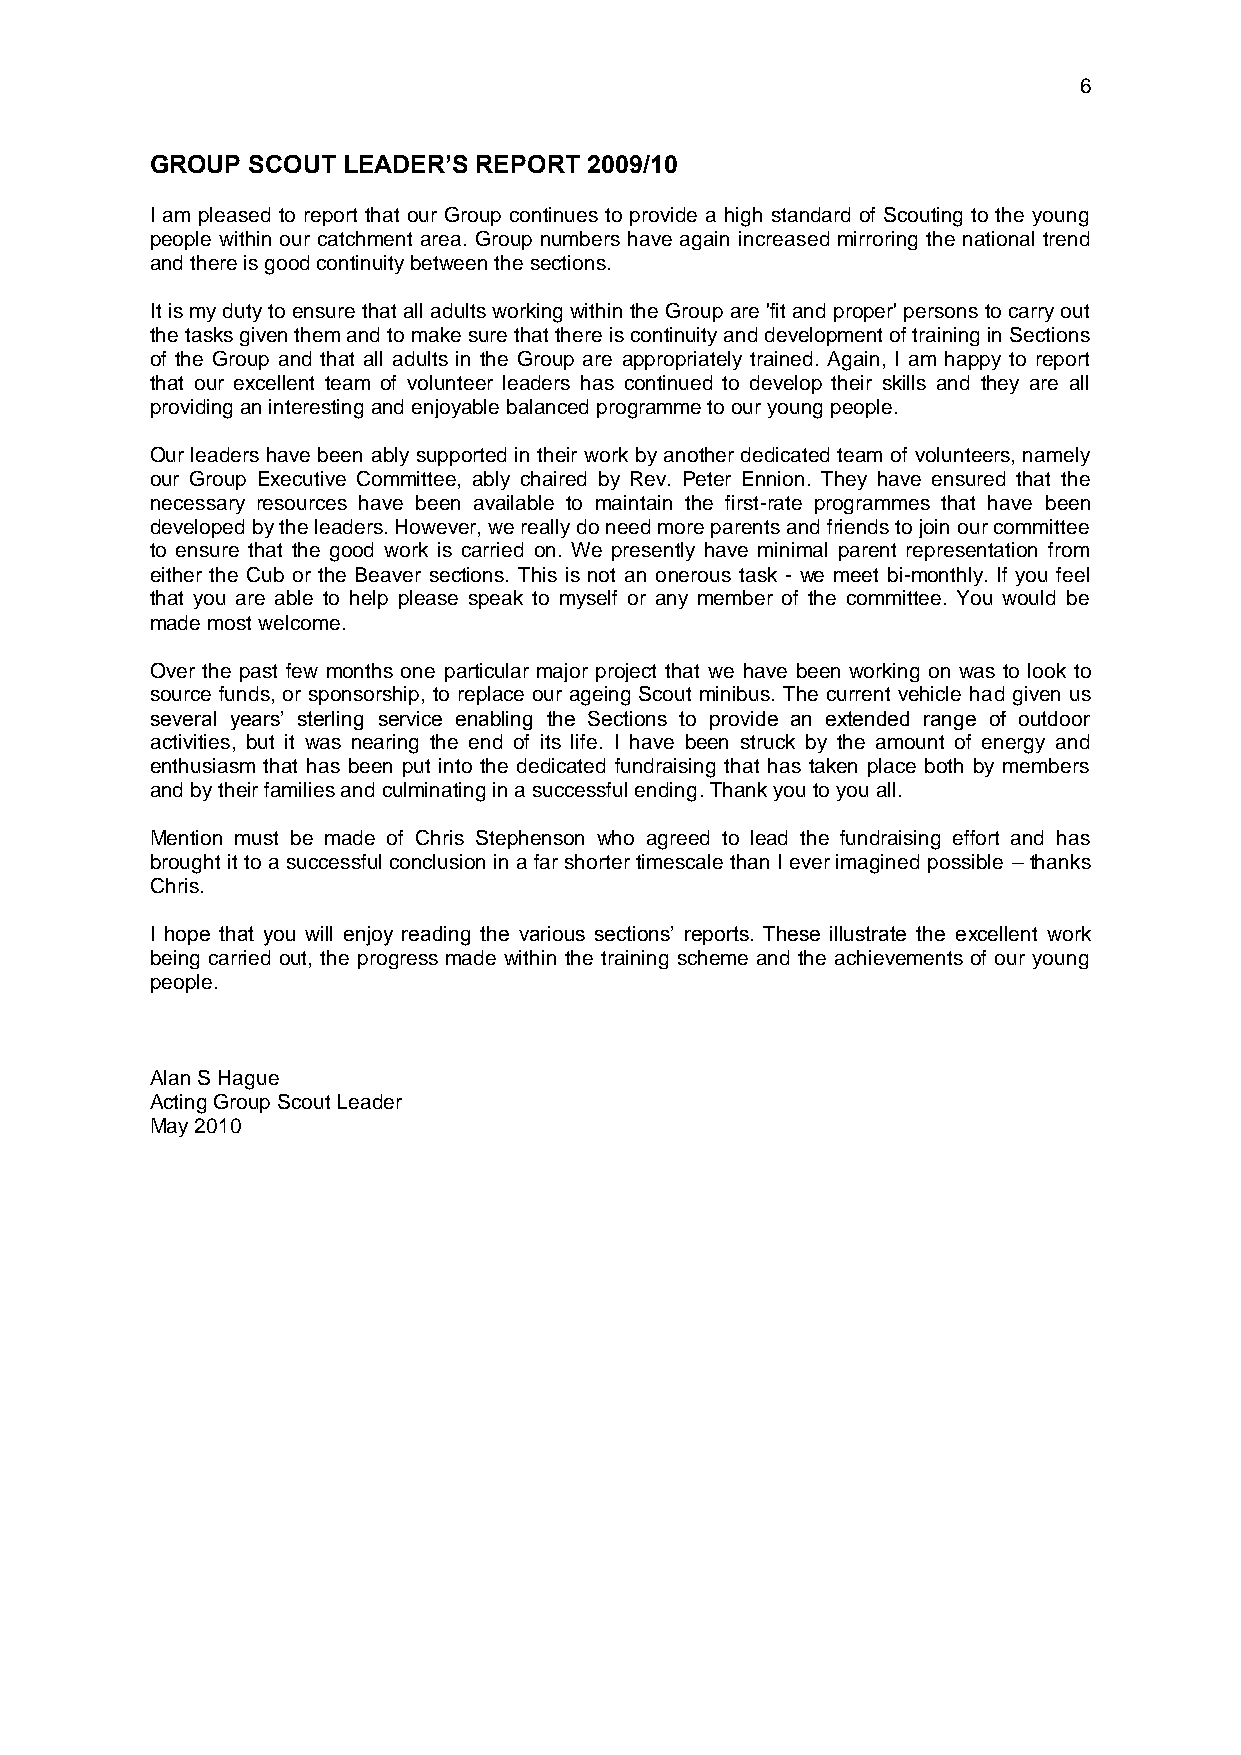
6
 GROUP SCOUT  LEADER’S REPORT 2009/10
 I am pleased to report that our Group continues to provide a high standard of Scouting to the young
 people within our catchment area. Group numbers have again increased mirroring the national trend
 and there is good continuity between the sections.
 It is my duty to ensure that all adults working within the Group are 'fit and proper' persons to carry out
 the tasks given them and to make sure that there is continuity and development of training in Sections
 of the Group and that all adults in the Group are appropriately trained. Again, I am happy to report
 that our excellent team of volunteer leaders has continued to develop their skills and they are all
 providing an interesting and enjoyable balanced programme to our young people.
 Our leaders have been ably supported in their work by another dedicated team of volunteers, namely
 our Group Executive Committee, ably chaired by Rev. Peter Ennion. They have ensured that the
 necessary resources have been available to maintain the first-rate programmes that have been
 developed by the leaders. However, we really do need more parents and friends to join our committee
 to ensure that the good work is carried on. We presently have minimal parent representation from
 either the Cub or the Beaver sections. This is not an onerous task - we meet bi-monthly. If you feel
 that you are able to help please speak to myself or any member of the committee. You would be
 made most welcome.
 Over the past few months one particular major project that we have been working on was to look to
 source funds, or sponsorship, to replace our ageing Scout minibus. The current vehicle had given us
 several years’ sterling service enabling the Sections to provide an extended range of outdoor
 activities, but it was nearing the end of its life. I have been struck by the amount of energy and
 enthusiasm that has been put into the dedicated fundraising that has taken place both by members
 and by their families and culminating in a successful ending. Thank you to you all.
 Mention must be made of Chris Stephenson who agreed to lead the fundraising effort and has
 brought it to a successful conclusion in a far shorter timescale than I ever imagined possible – thanks
 Chris.
 I hope that you will enjoy reading the various sections’ reports. These illustrate the excellent work
 being carried out, the progress made within the training scheme and the achievements of our young
 people.
 Alan S Hague
 Acting Group Scout Leader
 May 2010